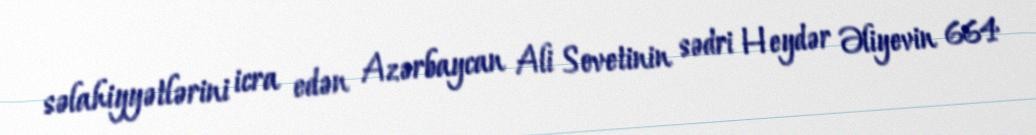
səlahiyyətlərini icra edən Azərbaycan Ali Sovetinin sədri Heydər Əliyevin 664